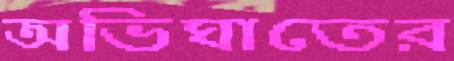
অভিঘাতের